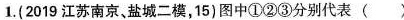
1.（2019江苏南京、盐城二模，15）图中①②③分别代表（ ）